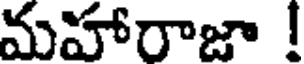
మహారాజా !